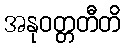
အနုဝတ္တတီတိ